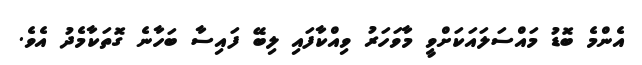
އެންމެ ބޮޑު މައްސަލައަކަށްވީ މާވަހަރު ވިއްކާފައި ލިބޭ ފައިސާ ބަހާނެ ގޮތަކާމެދު އެވެ.